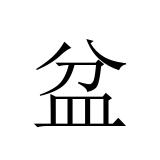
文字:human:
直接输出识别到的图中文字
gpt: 盆